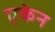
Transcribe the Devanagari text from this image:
एकेन